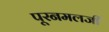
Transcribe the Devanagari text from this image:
पूरनमलजी